Report on vaccination in Madras 1904-1921 - 1904-1921
Year: 1904
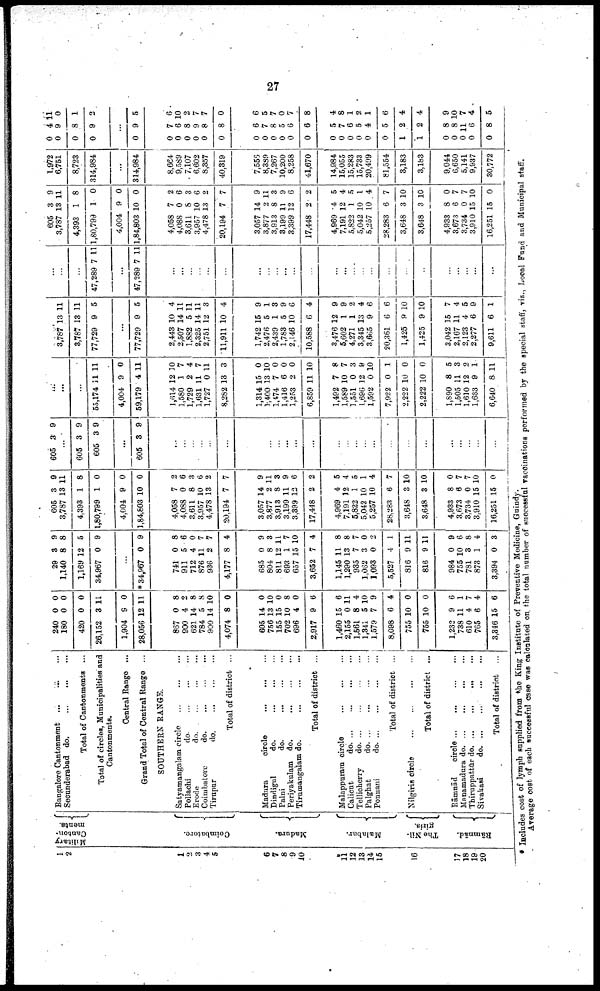
27
1
2
1
2
3
4
5
6
7
8
9
10
11
12
13
14
16
16
17
18
19
20
Military
Canton-
ments.
Coimbatore.
Madura.
Malabar.
The Nil-
giris.
Rāmnād.
Bangalore Cantonment... ... ... ... ...
Secunderabad do. ...
...
...
...
Total of Cantonments... ... ... ...
Total of circles, Municipalities and
Cantonments.
Central Range ...
Grand Total of Central Range ...
SOUTHERN RANGE.
Satyamangalam circle... ... ... ...
Pollachi
do. ... ...
Erode
do. ... ...
Coimbatore
do.
...
...
...
Tirupur
d
o
. ... ... ... ...
Total of district ...
Madura
circle... ... ... ...
Dindigul
do. ... ... ... ...
Palni
do.
...
...
...
...
Periyakulam do. ... ... ... ... ...
Tirumangalam do.
...
...
...
...
Total of district... ... ... ... ...
Malappurain
circle... ... ... ... ...
Calicut
do. ... ... ... ... ...
Tellicherry
d
o
. ... ... ... ... ...
Palghat
d
o
. ... ... ... ... ...
Ponnani
d
o
. ... ... ... ... ...
Total of di st ri ct . . . ... ... ... ...
Nilgiris circle
...
...
...
Total of district ...
Rāmnād circle... ... ... ... ...
Manamadura do. ... ... ... ... ...
Thiruppattür d
o
. ... ... ... ...
Sivakasi
d
o
. ... ... ... ... ...
Total of district... ...
240
180
420
26,152
1,904
28,056
0
0
0
3
9
12
0
0
0
11
0
11
867
900
621
784
900
4,074
605
756
155
702
696
2,917
1,460
2,155
1,561
l,341
1,579
8,098
755
755
1,232
738
610
765
3,346
0
4
14
5
14
8
14
13
15
10
4
9
15
0
8
5
7
6
10
10
9
11
4
6
15
8
2
8
8
10
0
0
10
0
8
0
6
6
11
4
10
9
4
0
0
6
1
7
4
6
29
1,140
1,169
34,967
3
8
12
0
9
8
5
9
...
* 34,967 0 9
741
911
712
876
936
4,177
685
804
811
693
657
3,652
1,145
1,290
935
1,062
1,093
5,527
816
816
984
755
781
873
3,394
0
5
4
11
2
8
0
8
12
1
15
7
11
13
7
3
0
4
9
9
0
10
3
1
0
8
6
0
7
7
4
9
3
11
7
10
4
8
8
7
0
2
1
11
11
9
6
8
4
3
605
3,787
4,393
1,80,799
4,004
1,84,803
3
13
1
1
9
10
9
11
8
0
0
0
4,058
4,088
3,611
3,957
4,478
20,194
3,057
3,877
3,913
3,199
3,399
17,448
4,969
7,191
5,822
5,042
5,257
28,283
3,648
3,648
4,933
3,673
3,734
3,910
16,251
7
0
8
10
13
7
14
2
8
11
12
2
4
12
1
10
10
6
3
3
8
6
0
15
15
2
6
3
6
2
7
9
11
3
9
6
2
5
4
5
1
4
7
10
10
0
7
7
10
0
605 3 9
...
605
605
3
3
9
9
...
605 3 9
...
...
...
...
...
...
...
...
...
...
...
...
...
...
...
...
...
...
...
...
...
...
...
...
...
...
...
...
55,174
4,004
59,179
11
9
4
11
0
11
1,614
1,580
1,729
1,631
1,727
8,282
1,314
1,400
1,474
1,416
1,253
6,859
1,492
1,589
1,551
1,696
1,592
7,922
2,222
2,222
1,890
1,505
1,610
1,633
6,640
12
1
2
11
0
13
15
13
7
6
2
11
7
10
0
12
0
0
10
10
8
11
12
9
8
10
7
4
7
11
3
0
10
0
0
0
10
8
7
3
9
10
1
0
0
5
3
2
1
11
...
3,787
3,787
77,729
13
13
9
11
11
5
...
77,729 9 5
2,443
2,507
1,882
2,325
2,751
11,911
1,742
2,476
2,439
1,783
2,146
10,588
3,476
5,602
4,271
3,345
3,665
20,361
1,425
1,425
3,042
2,167
2,123
2,277
9,611
10
14
5
14
12
10
15
5
1
5
10
6
12
1
1
13
9
6
9
9
15
11
4
6
6
4
11
11
11
3
4
9
1
3
9
6
4
9
9
2
4
6
6
10
10
7
4
5
9
1
...
...
...
47,289 7 11
...
47,289 7 11
...
...
...
...
...
...
...
...
...
...
...
...
...
...
...
...
...
...
...
...
...
...
...
...
...
605
3,787
4,393
1,80,799
4,004
1,84,803
3
13
1
1
9
10
9
11
8
0
0
0
4,058
4,088
3,611
3,957
4,478
20,194
3,057
3,877
3,913
3,199
3,399
17,448
4,969
7,191
5,822
5,042
5,257
28,283
3,648
3,648
4,933
3,673
3,734
3,910
16,251
7
0
8
10
13
7
14
2
8
11
12
2
4
12
1
10
10
6
3
3
8
6
0
15
15
2
6
3
6
2
7
9
11
3
9
6
2
5
4
5
1
4
7
10
10
0
7
7
10
0
1,972
6,751
8,723
314,984
...
314,984
8,664
9,589
7,107
6,602
8,357
40,319
7,555
8,389
7,267
10,200
8,258
41,670
14,984
15,055
15,283
15,733
20,499
81,554
3,183
3,183
9,044
6,650
5,141
9,937
30,772
0
0
0
0
4
9
8
9
11
0
1
2
...
0 9 5
0
0
0
0
0
0
0
0
0
0
0
0
0
0
0
0
0
0
1
1
0
0
0
0
0
7
6
8
9
8
8
6
7
8
5
6
6
5
7
6
5
4
5
2
2
8
8
11
6
8
6
10
2
7
7
0
6
5
7
0
7
8
4
8
1
2
1
6
4
4
9
10
7
4
5
* Includes cost of lymph supplied from the King Institute of Preventive Medicine, Guindy.
Average cost of each successful case was calculated on the total number of successful vaccinations performed by the special staff, viz., Local Fund and Municipal staff.